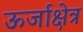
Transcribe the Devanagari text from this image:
ऊर्जाक्षेत्र